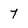
Character: 7